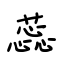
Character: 蕊